Report on horse surra - Volume I
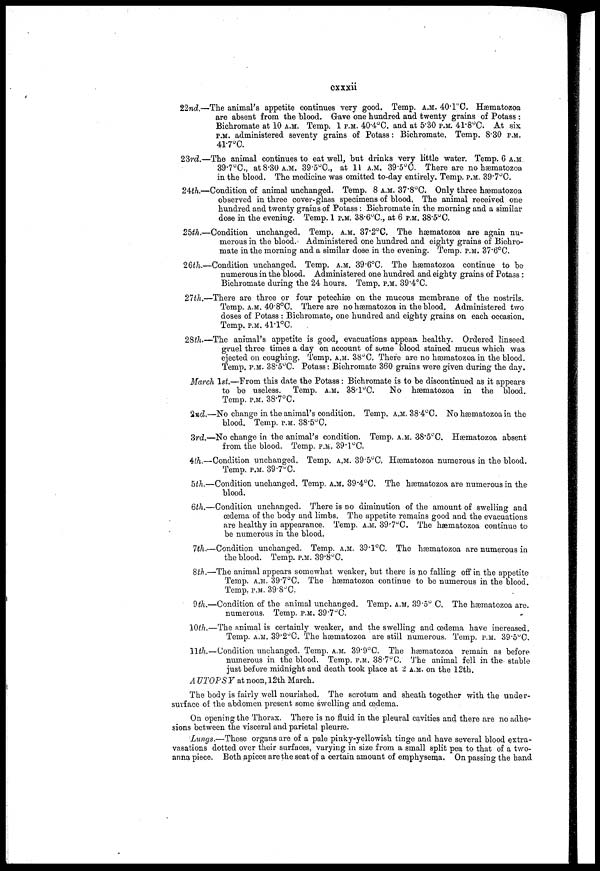
cxxxii
22nd.—The animal's appetite continues very good. Temp. A.M. 40.1°C. Hæmatozoa
are absent from the blood. Grave one hundred and twenty grains of Potass :
Bichromate at 10 A.M. Temp. 1 P.M. 40.4°C. and at 5.30 P.M. 41.8°C. At six
P.M. administered seventy grains of Potass: Bichromate. Temp. 8.30 P.M.
41.7°C.
23rd.—The animal continues to eat well, but drinks very little water. Temp. 6 A.M..
39.7°C. at 8.30 A.M. 39.5°0., at 11 A.M. 39.5°0. There are no hæmatozoa
in the blood. The medicine was omitted to-day entirely. Temp. P.M. 39.7°C.
24th.—Condition of animal unchanged. Temp. 8 A.M. 37.8°C. Only three hæmatozoa
observed in three cover-glass specimens of blood, The animal received one
hundred and twenty grains of Potass : Bichromate in the morning and a similar
dose in the evening. Temp. 1 P.M. 38.6°C. at 6 P.M. 38.5°C.
25th.—Condition unchanged. Temp. A.M. 37.2°C. The hæmatozoa are again nu-
merous in the blood. Administered one hundred and eighty grains of Bichro-
mate in the morning and a similar dose in the evening. Temp. P.M. 37.6°C.
26th.—Condition unchanged. Temp, A.M. 39.6°C. The hæmatozoa continue to be
numerous in the blood. Administered one hundred and eighty grains of Potass :
Bichromate during the 24 hours. Temp. P.M. 39.4°C.
27th.—There are three or four petechiæ on the mucous membrane of the nostrils.
Temp, A.M. 40.8°C. There are no hæmatozoa in the blood. Administered two
doses of Potass : Bichromate, one hundred and eighty grains on each occasion.
Temp. P.M. 41.1°C.
28th.—The animal's appetite is good, evacuations appear healthy. Ordered linseed
gruel three times a day on account of some blood stained mucus which was
ejected on coughing, Temp. A.M. 38°C. There are no hæmatozoa in the blood.
Temp. P.M. 38.5°C. Potass: Bichromate 360 grains were given during the day.
March 1st.—From this date the Potass : Bichromate is to be discontinued as it appears
to be useless. Temp. A.M. 38.l°C.
No hæmatozoa in the blood.
Temp. P.M. 38.7°C.
2nd.—No change in the animal's condition, Temp. A.M. 38.4°C. No hæmatozoa in the
blood. Temp. P.M. 38.5°C.
3rd.—No change in the animal's condition. Temp. A.M. 38.5°C. Hæmatozoa absent
from the blood. Temp. P.M. 39.1°C.
4th.—Condition unchanged. Temp. A.M. 39.5°C.Hæmatozoa numerous in the blood.
Temp. P.M. 39.7°C.
5th.—Condition unchanged. Temp. A.M. 39.4°C.The hæmatozoa are numerous in the
blood.
6th.—Condition unchanged. There is no diminution of the amount of swelling and
œdema of the body and limbs. The appetite remains good and the evacuations
are healthy in appearance. Temp. A.M. 39.7°C. The hæmatozoa continue to
be numerous in the blood.
7th.—Condition unchanged. Temp. A.M. 39.1°C. The hæmatozoa are numerous in
the blood. Temp. P.M. 39.8°C.
8th.—The animal appears somewhat weaker, but there is no falling off in the appetite
Temp. A.M. 39.7°C. The hæmatozoa continue to be numerous in the blood
Temp. P.M. 39.8°C.
9th.—Condition of the animal unchanged. Temp. A.M. 39.5° C. The hæmatozoa are.
numerous. Temp. P.M. 39.7°C.
10th.—The animal is certainly weaker, and the swelling and œdema have increased.
Temp. A.M. 39.2°C. The hæmatozoa are still numerous. Temp. P.M. 39.5°C.
11th.—Condition unchanged. Temp. A.M. 39.9°C. The hæmatozoa remain as before
numerous in the blood. Temp. P.M. 38.7°C. The animal fell in the stable
just before midnight and death took place at 2 A.M. on the 12th.
AUTOPS Y at noon, 12th March.
The body is fairly well nourished. The scrotum and sheath together with the under-
surf ace of the abdomen present some swelling and œdema.
On opening the Thorax. There is no fluid in the pleural cavities and there are no adhe-
sions between the visceral and parietal pleurse.
Lungs.—These organs are of a pale pinky-yellowish tinge and have several blood extra-
vasations dotted over their surfaces, varying in size from a small split pea to that of a two-
anna piece. Both apices are the seat of a certain amount of emphysema, On passing the hand